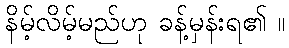
နိမ့်လိမ့်မည်ဟု ခန့်မှန်းရ၏ ။